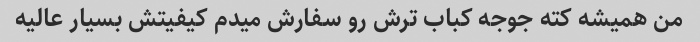
من همیشه کته جوجه کباب ترش رو سفارش میدم کیفیتش بسیار عالیه